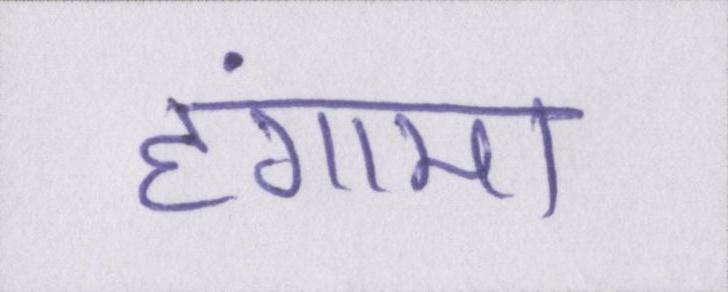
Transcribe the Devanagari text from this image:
हंगामा